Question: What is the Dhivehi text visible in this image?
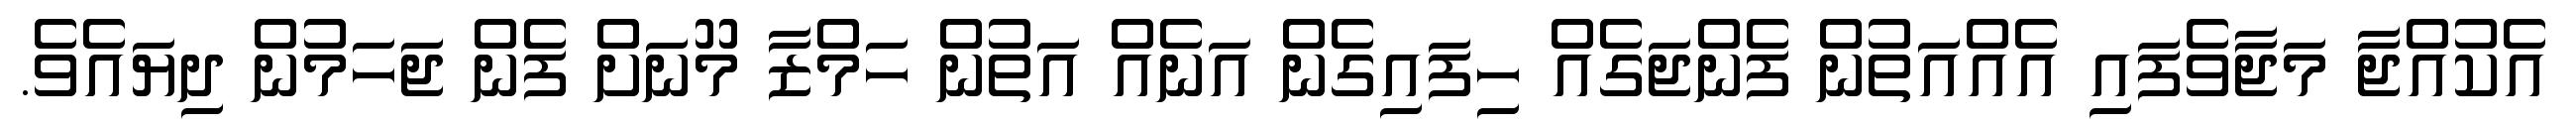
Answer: އެކުއްޖާ މަޖާވެފައި އެއްއަތުން ފެންޖަގެއް ހިފައިގެން އަނެއް އަތުން ހަމްޒާ މޫނަށް ފެން ޖަހަމުން ދިޔައެވެ.